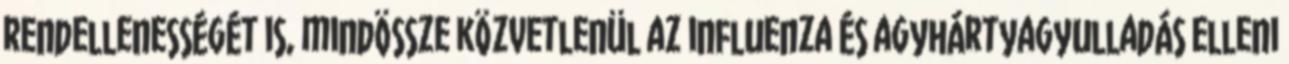
rendellenességét is, mindössze közvetlenül az influenza és agyhártyagyulladás elleni